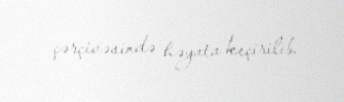
çərçivəsində həyata keçirilib.